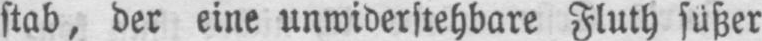
stab, der eine unwiderstehbare Fluth süßer